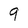
Character: 9